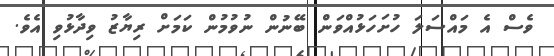
ވެސް އެ މައްސަލަ ހުށަހަޅުއްވަން ބޭނުން ނުވުމުން ކަމަށް ރިޔާޒު ވިދާޅުވި އެވެ.